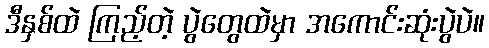
ဒီနှစ်ထဲ ကြည့်တဲ့ ပွဲတွေထဲမှာ အကောင်းဆုံးပွဲပဲ။